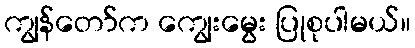
ကျွန်တော်က ကျွေးမွေး ပြုစုပါမယ်။